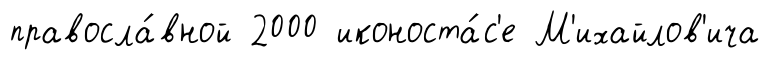
правосла́вной 2000 иконоста́с'е М'ихайлов'ича